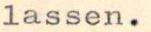
lassen.